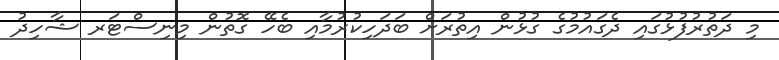
މި ދަތުރުފުޅުގައި ދެގައުމުގެ ގުޅުން އިތުރަށް ބަދަހިކުރުމާއި ބެހޭ ގޮތުން މިނިސްޓަރ ޝާހިދު